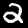
Digit: 2